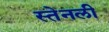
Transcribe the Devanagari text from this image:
स्तेनली